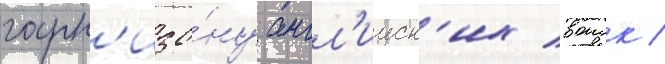
гарн'изо́ну англ'ииск'их воиск /